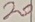
Text: 20